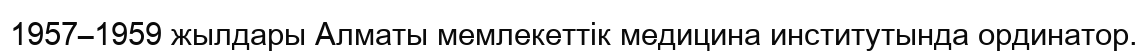
1957–1959 жылдары Алматы мемлекеттік медицина институтында ординатор.